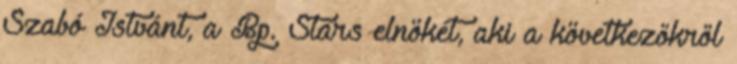
Szabó Istvánt, a Bp. Stars elnökét, aki a következőkről